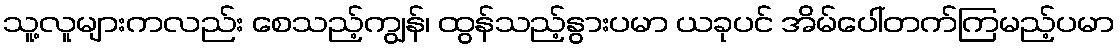
သူ့လူများကလည်း စေသည့်ကျွန်၊ ထွန်သည့်နွားပမာ ယခုပင် အိမ်ပေါ်တက်ကြမည့်ပမာ